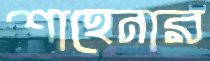
শাহেনার